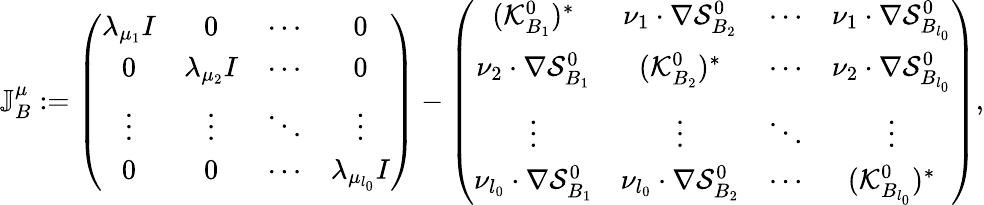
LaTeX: \mathbb{J}_{B}^{\mu}:=\left(\begin{array}{cccc}{\lambda_{\mu_{1}}I}&{0}&{\cdots}&{0}\\ {0}&{\lambda_{\mu_{2}}I}&{\cdots}&{0}\\ {\vdots}&{\vdots}&{\ddots}&{\vdots}\\ {0}&{0}&{\cdots}&{\lambda_{\mu_{l_{0}}}I}\end{array}\right)-\left(\begin{array}{cccc}{(\mathcal{K}_{B_{1}}^{0})^{*}}&{\nu_{1}\cdot\nabla\mathcal{S}_{B_{2}}^{0}}&{\cdots}&{\nu_{1}\cdot\nabla\mathcal{S}_{B_{l_{0}}}^{0}}\\ {\nu_{2}\cdot\nabla\mathcal{S}_{B_{1}}^{0}}&{(\mathcal{K}_{B_{2}}^{0})^{*}}&{\cdots}&{\nu_{2}\cdot\nabla\mathcal{S}_{B_{l_{0}}}^{0}}\\ {\vdots}&{\vdots}&{\ddots}&{\vdots}\\ {\nu_{l_{0}}\cdot\nabla\mathcal{S}_{B_{1}}^{0}}&{\nu_{l_{0}}\cdot\nabla\mathcal{S}_{B_{2}}^{0}}&{\cdots}&{(\mathcal{K}_{B_{l_{0}}}^{0})^{*}}\end{array}\right),